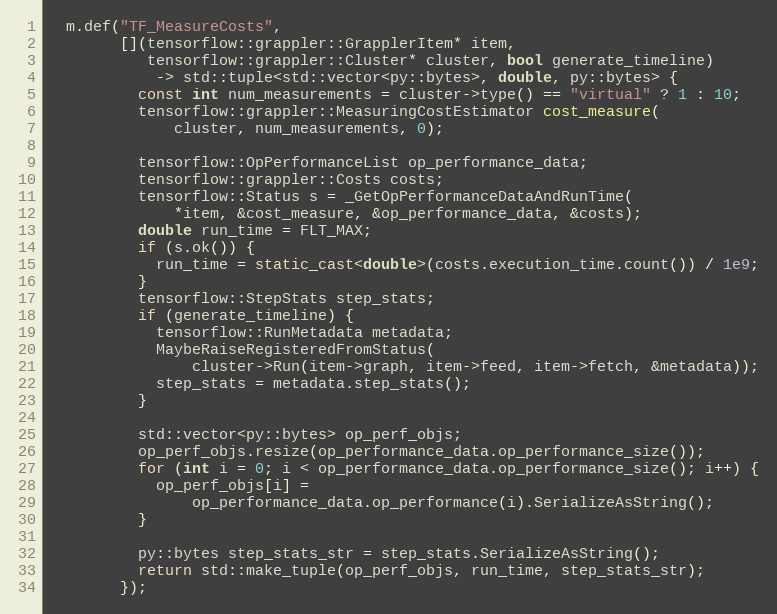
Language: C++
  m.def("TF_MeasureCosts",
        [](tensorflow::grappler::GrapplerItem* item,
           tensorflow::grappler::Cluster* cluster, bool generate_timeline)
            -> std::tuple<std::vector<py::bytes>, double, py::bytes> {
          const int num_measurements = cluster->type() == "virtual" ? 1 : 10;
          tensorflow::grappler::MeasuringCostEstimator cost_measure(
              cluster, num_measurements, 0);

          tensorflow::OpPerformanceList op_performance_data;
          tensorflow::grappler::Costs costs;
          tensorflow::Status s = _GetOpPerformanceDataAndRunTime(
              *item, &cost_measure, &op_performance_data, &costs);
          double run_time = FLT_MAX;
          if (s.ok()) {
            run_time = static_cast<double>(costs.execution_time.count()) / 1e9;
          }
          tensorflow::StepStats step_stats;
          if (generate_timeline) {
            tensorflow::RunMetadata metadata;
            MaybeRaiseRegisteredFromStatus(
                cluster->Run(item->graph, item->feed, item->fetch, &metadata));
            step_stats = metadata.step_stats();
          }

          std::vector<py::bytes> op_perf_objs;
          op_perf_objs.resize(op_performance_data.op_performance_size());
          for (int i = 0; i < op_performance_data.op_performance_size(); i++) {
            op_perf_objs[i] =
                op_performance_data.op_performance(i).SerializeAsString();
          }

          py::bytes step_stats_str = step_stats.SerializeAsString();
          return std::make_tuple(op_perf_objs, run_time, step_stats_str);
        });